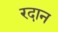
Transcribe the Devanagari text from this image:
रदान